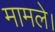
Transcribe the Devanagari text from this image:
मामले।